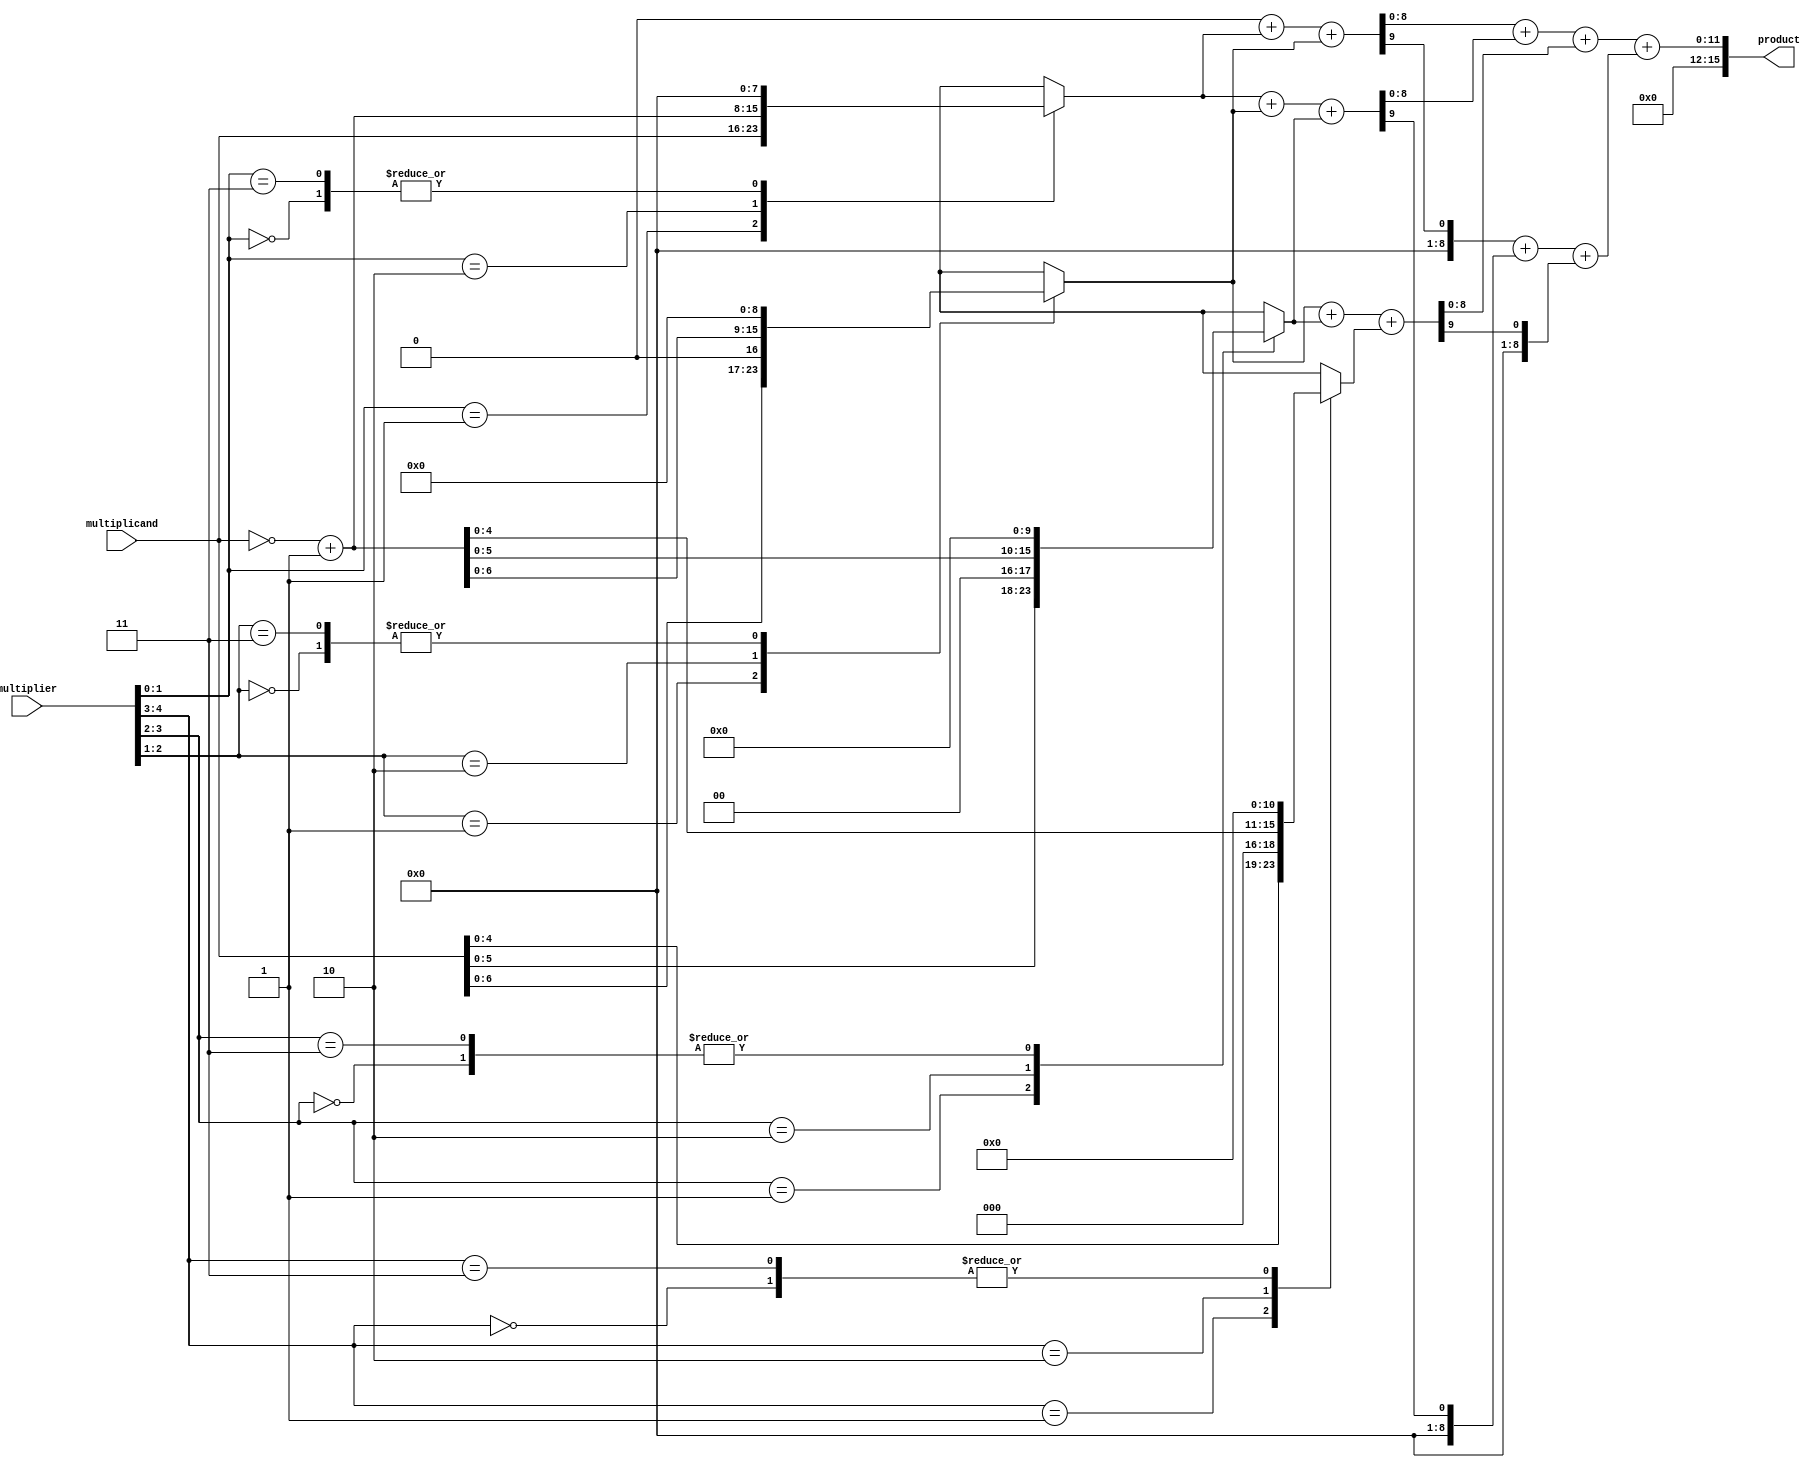
module booth_multiplier #(parameter WIDTH = 8) (
    input  wire [WIDTH-1:0] multiplicand,
    input  wire [WIDTH-1:0] multiplier,
    output wire [2*WIDTH-1:0] product
);

    // Booth Encoding Unit
    reg [WIDTH-1:0] pp [0:WIDTH]; // Partial products
    reg [WIDTH:0] multiplier_ext; // Extended multiplier for Booth encoding
    integer i;

    always @(*) begin
        multiplier_ext = {1'b0, multiplier}; // Extend multiplier with an extra bit for Booth
        pp[0] = 0;

        for (i = 0; i < WIDTH; i = i + 1) begin
            case (multiplier_ext[i+1:i])
                2'b00: pp[i+1] = 0; // 0
                2'b01: pp[i+1] = multiplicand << i; // +1
                2'b10: pp[i+1] = (~multiplicand + 1) << i; // -1
                2'b11: pp[i+1] = 0; // 0
            endcase
        end
    end

    // Wallace Tree Reduction
    wire [WIDTH:0] sum [0:WIDTH]; // Sums
    wire [WIDTH:0] carry [0:WIDTH]; // Carries

    // Initial stage of Wallace tree reduction
    generate
        genvar j;
        for (j = 0; j < WIDTH; j = j + 1) begin : reduction_stage
            if (j < WIDTH - 1) begin
                assign {carry[j], sum[j]} = pp[j] + pp[j+1] + pp[j+2];
            end else begin
                assign {carry[j], sum[j]} = pp[j] + pp[j+1];
            end
        end
    endgenerate

    // Final addition
    wire [2*WIDTH-1:0] final_sum;
    wire [2*WIDTH-1:0] final_carry;

    assign final_sum = sum[0] + sum[1] + sum[2];
    assign final_carry = carry[0] + carry[1] + carry[2];

    // Output the final product
    assign product = final_sum + final_carry;

endmodule